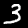
Digit: 3